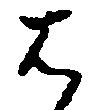
者